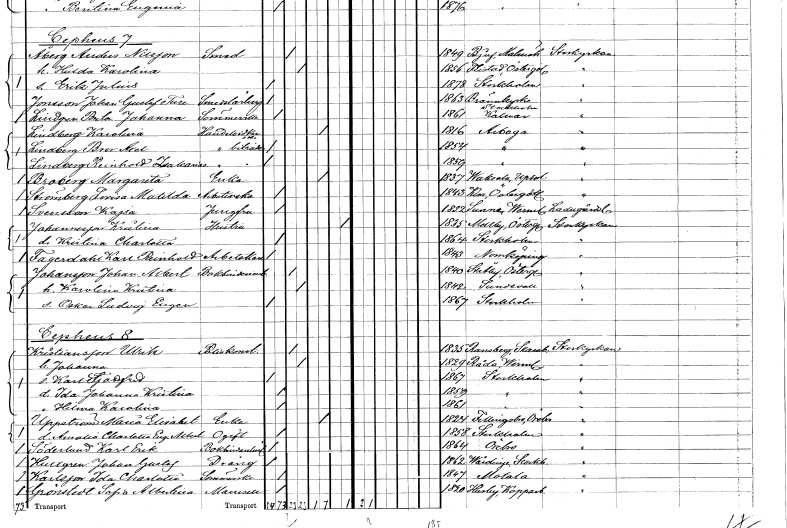
gt_parse: households: individuals: FN: Brita Johanna
EN: Lindgren
YRKE: Sömmerska
KON: K
CIV: O
FODAR: 1861
FODFORS: Kalmar Kalmar län
FN: Karolina
EN: Lindberg
YRKE: Handelsidkerska
KON: K
CIV: E
FODAR: 1816
FODFORS: Arboga Västmanlands län
FN: Bror Axel
EN: Lindberg
YRKE: Handelsbiträde
KON: M
CIV: O
FODAR: 1854
FODFORS: Arboga Västmanlands län
FN: Reinhold Zackarias
EN: Lindberg
YRKE: Handelsbiträde
KON: M
CIV: O
FODAR: 1859
FODFORS: Arboga Västmanlands län
FN: Margareta
EN: Broberg
YRKE: Änka
KON: K
CIV: E
FODAR: 1837
FODFORS: Vaksala Uppsala län
FN: Lovisa Matilda
EN: Strömberg
YRKE: Arbeterska
KON: K
CIV: O
FODAR: 1843
FODFORS: Kisa Östergötlands län
FN: Kajsa
EN: Svensson
YRKE: Jungfru
KON: K
CIV: O
FODAR: 1852
FODFORS: Sunne Värmlands län
FN: Kristina
EN: Johansson
YRKE: Hustru
KON: K
CIV: X
FODAR: 1835
FODFORS: Mellby Jönköpings län
FN: Kristina Charlotta
KON: K
CIV: O
FODAR: 1864
FODFORS: Stockholm
FN: Karl Reinhold
EN: Fagerdahl
YRKE: Arbetskarl
KON: M
CIV: O
FODAR: 1843
FODFORS: Norrköping Östergötlands län
FN: Johan Albert
EN: Johansson
YRKE: Bokbinderiarbetare
KON: M
CIV: G
FODAR: 1840
FODFORS: Stora Åby Östergötlands län
FN: Karolina Kristina
KON: K
CIV: G
FODAR: 1842
FODFORS: Sundsvall Västernorrlands län
FN: Oskar Ludvig Eugen
KON: M
CIV: O
FODAR: 1867
FODFORS: Stockholm
FN: Ulrik
EN: Kristiansson
YRKE: Poliskonstapel
KON: M
CIV: G
FODAR: 1835
FODFORS: Ransberg Skaraborgs län
FN: Johanna
KON: K
CIV: G
FODAR: 1829
FODFORS: Råda Värmlands län
FN: Karl Sjonfrid
KON: M
CIV: O
FODAR: 1867
FODFORS: Stockholm
FN: Ida Johanna Kristina
KON: K
CIV: O
FODAR: 1859
FODFORS: Stockholm
FN: Hilma Karolina
KON: K
CIV: O
FODAR: 1861
FODFORS: Stockholm
FN: Maria Elisabet
EN: Uppström
YRKE: Änka
KON: K
CIV: E
FODAR: 1824
FODFORS: Fellingsbro Örebro län
FN: Amalia Charlotta Eugenia Albertina
KON: K
CIV: O
FODAR: 1858
FODFORS: Stockholm
FN: Karl erik
EN: Söderlund
YRKE: Bokbindarelärling
KON: M
CIV: O
FODAR: 1864
FODFORS: Örebro Örebro län
FN: Johan Gustaf
EN: Hultgren
YRKE: Dräng
KON: M
CIV: O
FODAR: 1862
FODFORS: Vårdinge Stockholms län
FN: Ida Charlotta
EN: Karlsson
YRKE: Sömmerska
KON: K
CIV: O
FODAR: 1847
FODFORS: Motala Östergötlands län
FN: Sofia Albertina
EN: Grönstedt
KON: K
CIV: O
FODAR: 1820
FODFORS: Husby Kopparbergs län